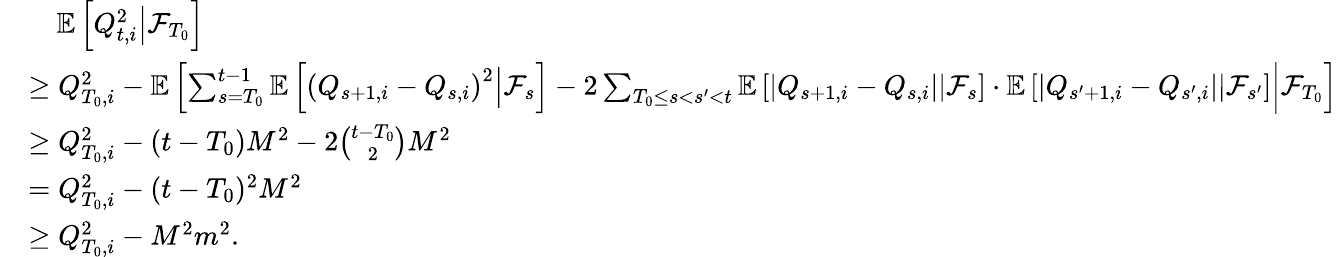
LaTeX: \begin{array}{rl}&{\quad\mathbb E\left[\left.Q_{t,i}^{2}\right\rvert\mathcal F_{T_{0}}\right]}\\ &{\ge Q_{T_{0},i}^{2}-\mathbb E\left[\left.\sum_{s=T_{0}}^{t-1}\mathbb E\left[\left.\left(Q_{s+1,i}-Q_{s,i}\right)^{2}\right\rvert\mathcal F_{s}\right]-2\sum_{T_{0}\le s<s^{\prime}<t}\mathbb E\left[\left.\left\lvert Q_{s+1,i}-Q_{s,i}\right\rvert\right\rvert\mathcal F_{s}\right]\cdot\mathbb E\left[\left.\left\lvert Q_{s^{\prime}+1,i}-Q_{s^{\prime},i}\right\rvert\right\rvert\mathcal F_{s^{\prime}}\right]\right\rvert\mathcal F_{T_{0}}\right]}\\ &{\ge Q_{T_{0},i}^{2}-(t-T_{0})M^{2}-2\binom{t-T_{0}}{2}M^{2}}\\ &{=Q_{T_{0},i}^{2}-(t-T_{0})^{2}M^{2}}\\ &{\ge Q_{T_{0},i}^{2}-M^{2}m^{2}.}\end{array}